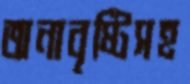
অনাবৃষ্টিসহ